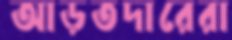
আড়তদারেরা